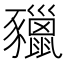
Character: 䝓